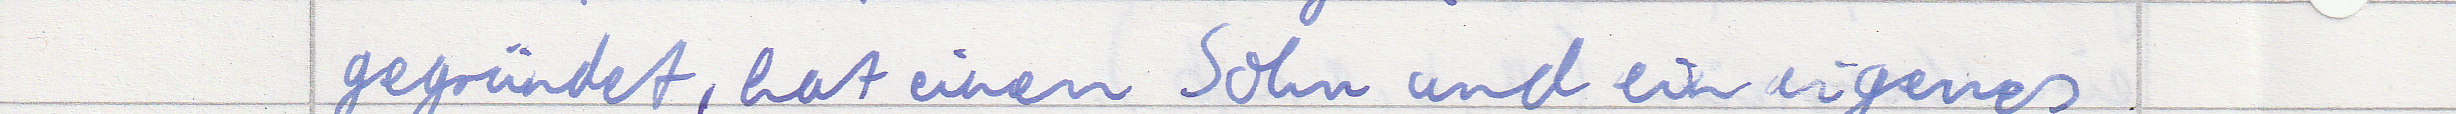
gegründet, hat einen Sohn und ein eigenes